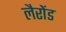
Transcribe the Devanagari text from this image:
लैरोंड